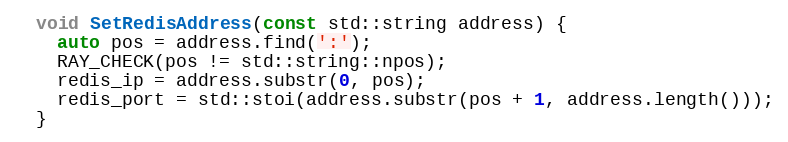
Language: C
  void SetRedisAddress(const std::string address) {
    auto pos = address.find(':');
    RAY_CHECK(pos != std::string::npos);
    redis_ip = address.substr(0, pos);
    redis_port = std::stoi(address.substr(pos + 1, address.length()));
  }